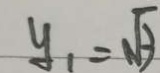
y _ { 1 } = \sqrt { 3 }